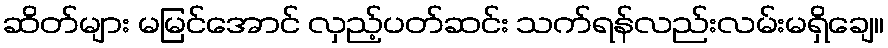
ဆိတ်များ မမြင်အောင် လှည့်ပတ်ဆင်း သက်ရန်လည်းလမ်းမရှိချေ။